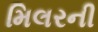
મિલરની